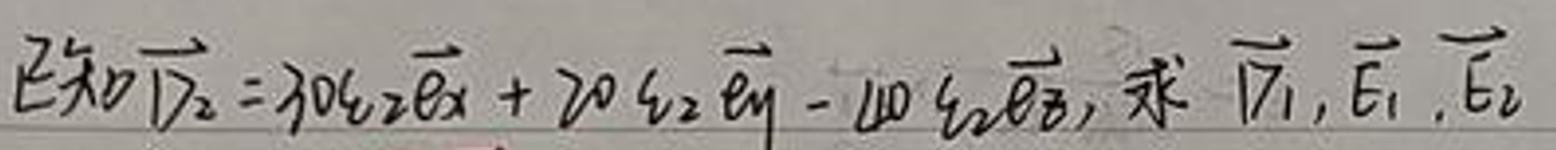
已知\(\overrightarrow{D_2}=30\epsilon_{z}\overrightarrow{e_x}+20\epsilon_{z}\overrightarrow{e_y}-40\epsilon_{z}\overrightarrow{e_z}\)，求\(\overrightarrow{D_1}, \overrightarrow{E_1}, \overrightarrow{E_2}\)